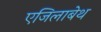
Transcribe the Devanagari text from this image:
एजिलाबेथ